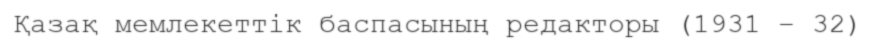
Қазақ мемлекеттік баспасының редакторы (1931 – 32)